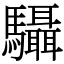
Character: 䯀